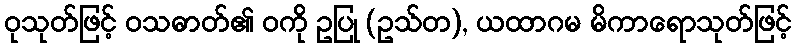
ဝုသုတ်ဖြင့် ဝသဓာတ်၏ ဝကို ဥပြု (ဥသ်တ), ယထာဂမ မိကာရောသုတ်ဖြင့်